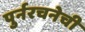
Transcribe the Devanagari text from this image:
पुर्नरचनेची